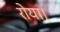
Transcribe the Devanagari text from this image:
रोया।